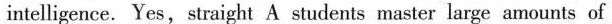
intelligence. Yes, straight A students master large amounts of